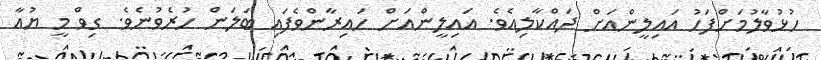
ހުޅުވާލުމަށްފަހު އައިލީންއަށް ދައްކާލިއެވެ. އައިލީންއަށް ހައިރާންވެފައި ބަލަން ހުރެވުނެވެ. ގިވް މީ ޔުއާ